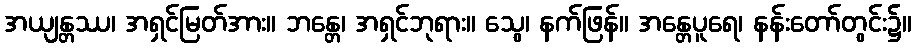
အယျန္တဿ၊ အရှင်မြတ်အား။ ဘန္တေ၊ အရှင်ဘုရား။ သွေ၊ နက်ဖြန်။ အန္တေပူရေ၊ နန်းတော်တွင်း၌။